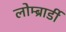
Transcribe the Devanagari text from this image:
लोम्ब्रार्डी